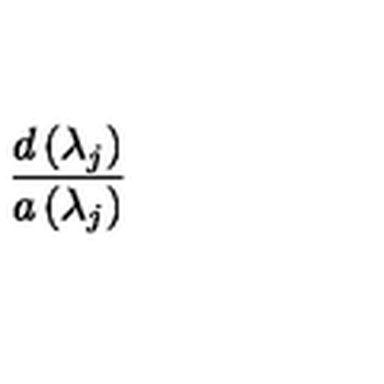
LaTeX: \frac { d \left( \lambda _ { j } \right) } { a \left( \lambda _ { j } \right) }